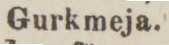
Gurkmeja.